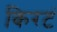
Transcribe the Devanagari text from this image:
किरटं